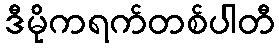
ဒီမိုကရက်တစ်ပါတီ